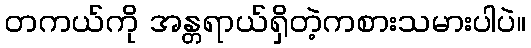
တကယ်ကို အန္တရာယ်ရှိတဲ့ကစားသမားပါပဲ။